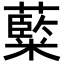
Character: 𮇽